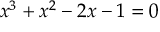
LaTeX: x ^ { 3 } + x ^ { 2 } - 2 x - 1 = 0